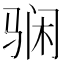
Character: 𱅘